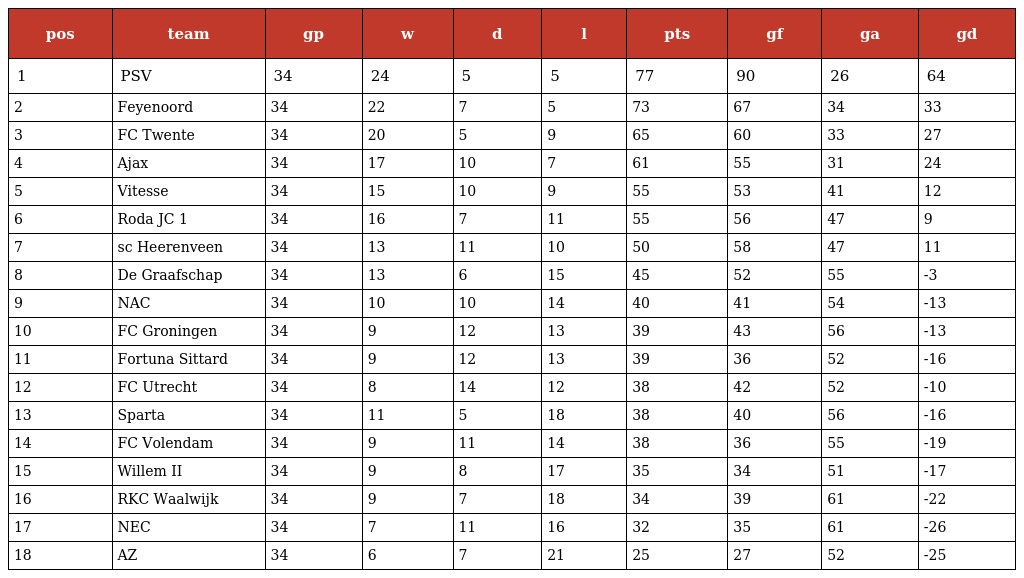
| pos | team | gp | w | d | l | pts | gf | ga | gd |
 | --- | --- | --- | --- | --- | --- | --- | --- | --- | --- |
 | 1 | PSV | 34 | 24 | 5 | 5 | 77 | 90 | 26 | 64 |
 | 2 | Feyenoord | 34 | 22 | 7 | 5 | 73 | 67 | 34 | 33 |
 | 3 | FC Twente | 34 | 20 | 5 | 9 | 65 | 60 | 33 | 27 |
 | 4 | Ajax | 34 | 17 | 10 | 7 | 61 | 55 | 31 | 24 |
 | 5 | Vitesse | 34 | 15 | 10 | 9 | 55 | 53 | 41 | 12 |
 | 6 | Roda JC 1 | 34 | 16 | 7 | 11 | 55 | 56 | 47 | 9 |
 | 7 | sc Heerenveen | 34 | 13 | 11 | 10 | 50 | 58 | 47 | 11 |
 | 8 | De Graafschap | 34 | 13 | 6 | 15 | 45 | 52 | 55 | -3 |
 | 9 | NAC | 34 | 10 | 10 | 14 | 40 | 41 | 54 | -13 |
 | 10 | FC Groningen | 34 | 9 | 12 | 13 | 39 | 43 | 56 | -13 |
 | 11 | Fortuna Sittard | 34 | 9 | 12 | 13 | 39 | 36 | 52 | -16 |
 | 12 | FC Utrecht | 34 | 8 | 14 | 12 | 38 | 42 | 52 | -10 |
 | 13 | Sparta | 34 | 11 | 5 | 18 | 38 | 40 | 56 | -16 |
 | 14 | FC Volendam | 34 | 9 | 11 | 14 | 38 | 36 | 55 | -19 |
 | 15 | Willem II | 34 | 9 | 8 | 17 | 35 | 34 | 51 | -17 |
 | 16 | RKC Waalwijk | 34 | 9 | 7 | 18 | 34 | 39 | 61 | -22 |
 | 17 | NEC | 34 | 7 | 11 | 16 | 32 | 35 | 61 | -26 |
 | 18 | AZ | 34 | 6 | 7 | 21 | 25 | 27 | 52 | -25 |